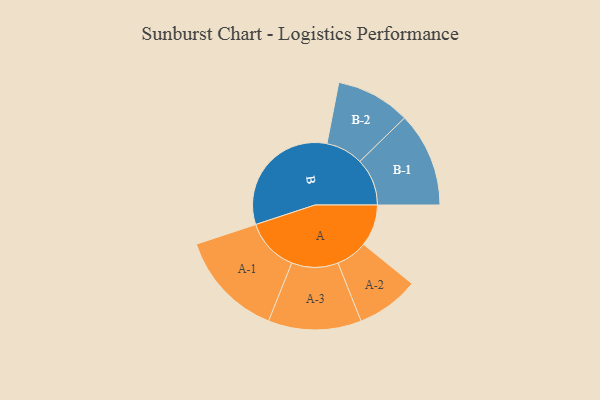
{"axis": {"x": "Segment", "y": "Value"}, "legend": ["", "A", "B"], "data": [{"x": "A", "y": 157, "type": ""}, {"x": "B", "y": 480, "type": ""}, {"x": "A-1", "y": 201, "type": "A"}, {"x": "A-2", "y": 118, "type": "A"}, {"x": "A-3", "y": 175, "type": "A"}, {"x": "B-1", "y": 178, "type": "B"}, {"x": "B-2", "y": 140, "type": "B"}]}